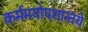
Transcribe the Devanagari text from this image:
कर्ममयोपशान्तये